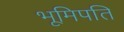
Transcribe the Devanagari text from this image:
भूमिपति